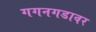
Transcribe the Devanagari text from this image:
गगनगडावर